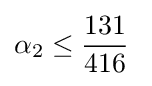
\alpha _{2}\leq {\frac {131}{416}}\